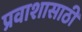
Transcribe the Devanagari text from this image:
प्रवाशासाठी